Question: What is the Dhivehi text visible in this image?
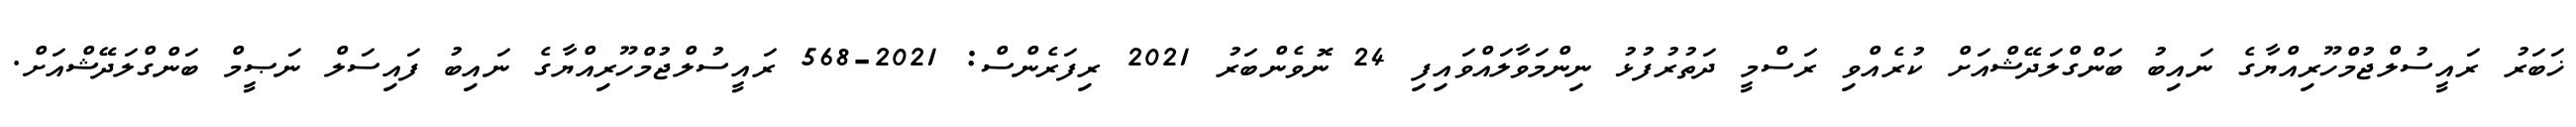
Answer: ޚަބަރު ރައީސުލްޖުމްހޫރިއްޔާގެ ނައިބު ބަންގްލަދޭޝްއަށް ކުރެއްވި ރަސްމީ ދަތުރުފުޅު ނިންމަވާލައްވައިފި 24 ނޮވެންބަރު 2021 ރިފަރެންސް: 2021-568 ރައީސުލްޖުމްހޫރިއްޔާގެ ނައިބު ފައިސަލް ނަޞީމް ބަންގްލަދޭޝްއަށް.